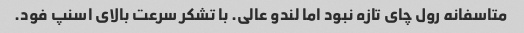
متاسفانه رول چای تازه نبود اما لندو عالى. با تشکر سرعت بالای اسنپ فود.